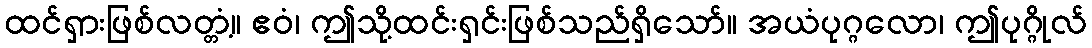
ထင်ရှားဖြစ်လတ္တံ့။ ဧဝံ၊ ဤသို့ထင်းရှင်းဖြစ်သည်ရှိသော်။ အယံပုဂ္ဂလော၊ ဤပုဂ္ဂိုလ်